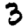
Digit: 3